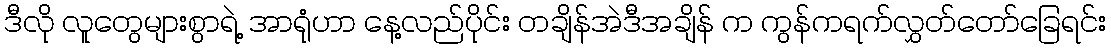
ဒီလို လူတွေများစွာရဲ့ အာရုံဟာ နေ့လည်ပိုင်း တချိန်အဲဒီအချိန် က ကွန်ကရက်လွှတ်တော်ခြေရင်း